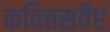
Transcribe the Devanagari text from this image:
कवित्तसवैए